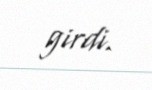
girdi.